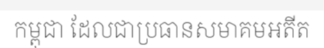
កម្ពុជា ដែលជាប្រធានសមាគមអតីត